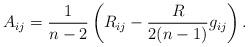
LaTeX: \begin{align*} A_{ij}=\frac{1}{n-2}\left(R_{ij}-\frac{R}{2(n-1)}g_{ij}\right).\end{align*}